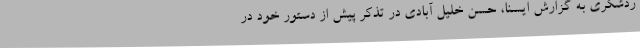
ردشگری به گزارش ایسنا، حسن خلیل آبادی در تذکر پیش از دستور خود در